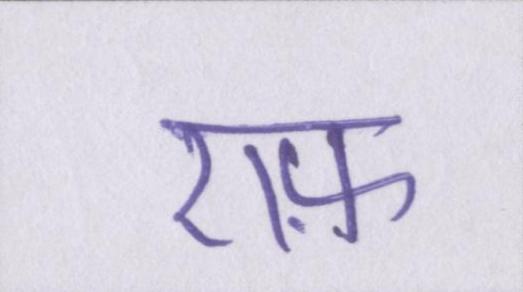
एफ़